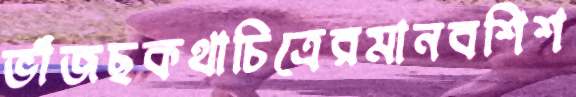
ভাঁজছকথাচিত্রেরমানবশিশ